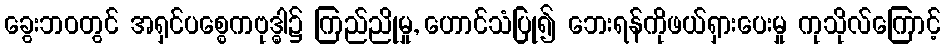
ခွေးဘဝတွင် အရှင်ပစ္စေကဗုဒ္ဓါ၌ ကြည်ညိုမှု, ဟောင်သံပြု၍ ဘေးရန်ကိုဖယ်ရှားပေးမှု ကုသိုလ်ကြောင့်